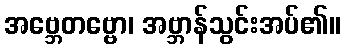
အဗ္ဘေတဗ္ဗော၊ အဗ္ဘာန်သွင်းအပ်၏။